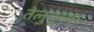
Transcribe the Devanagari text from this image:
तेलुगूच्या